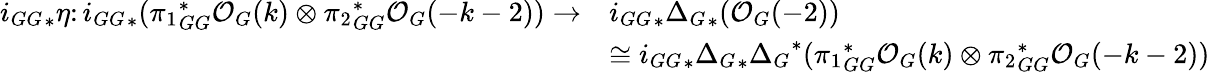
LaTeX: \begin{array}{rl}{{i_{GG}}_{*}\eta\colon{i_{GG}}_{*}({\pi_{1}}_{GG}^{*}\mathcal{O}_{G}(k)\otimes{\pi_{2}}_{GG}^{*}\mathcal{O}_{G}(-k-2))\rightarrow}&{{i_{GG}}_{*}{\Delta_{G}}_{*}(\mathcal{O}_{G}(-2))}\\ &{\cong{i_{GG}}_{*}{\Delta_{G}}_{*}{\Delta_{G}}^{*}({\pi_{1}}_{GG}^{*}\mathcal{O}_{G}(k)\otimes{\pi_{2}}_{GG}^{*}\mathcal{O}_{G}(-k-2))}\end{array}